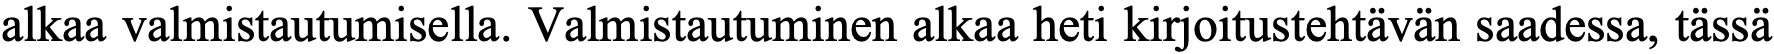
alkaa valmistautumisella. Valmistautuminen alkaa heti kirjoitustehtävän saadessa, tässä